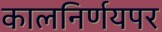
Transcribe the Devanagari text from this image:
कालनिर्णयपर